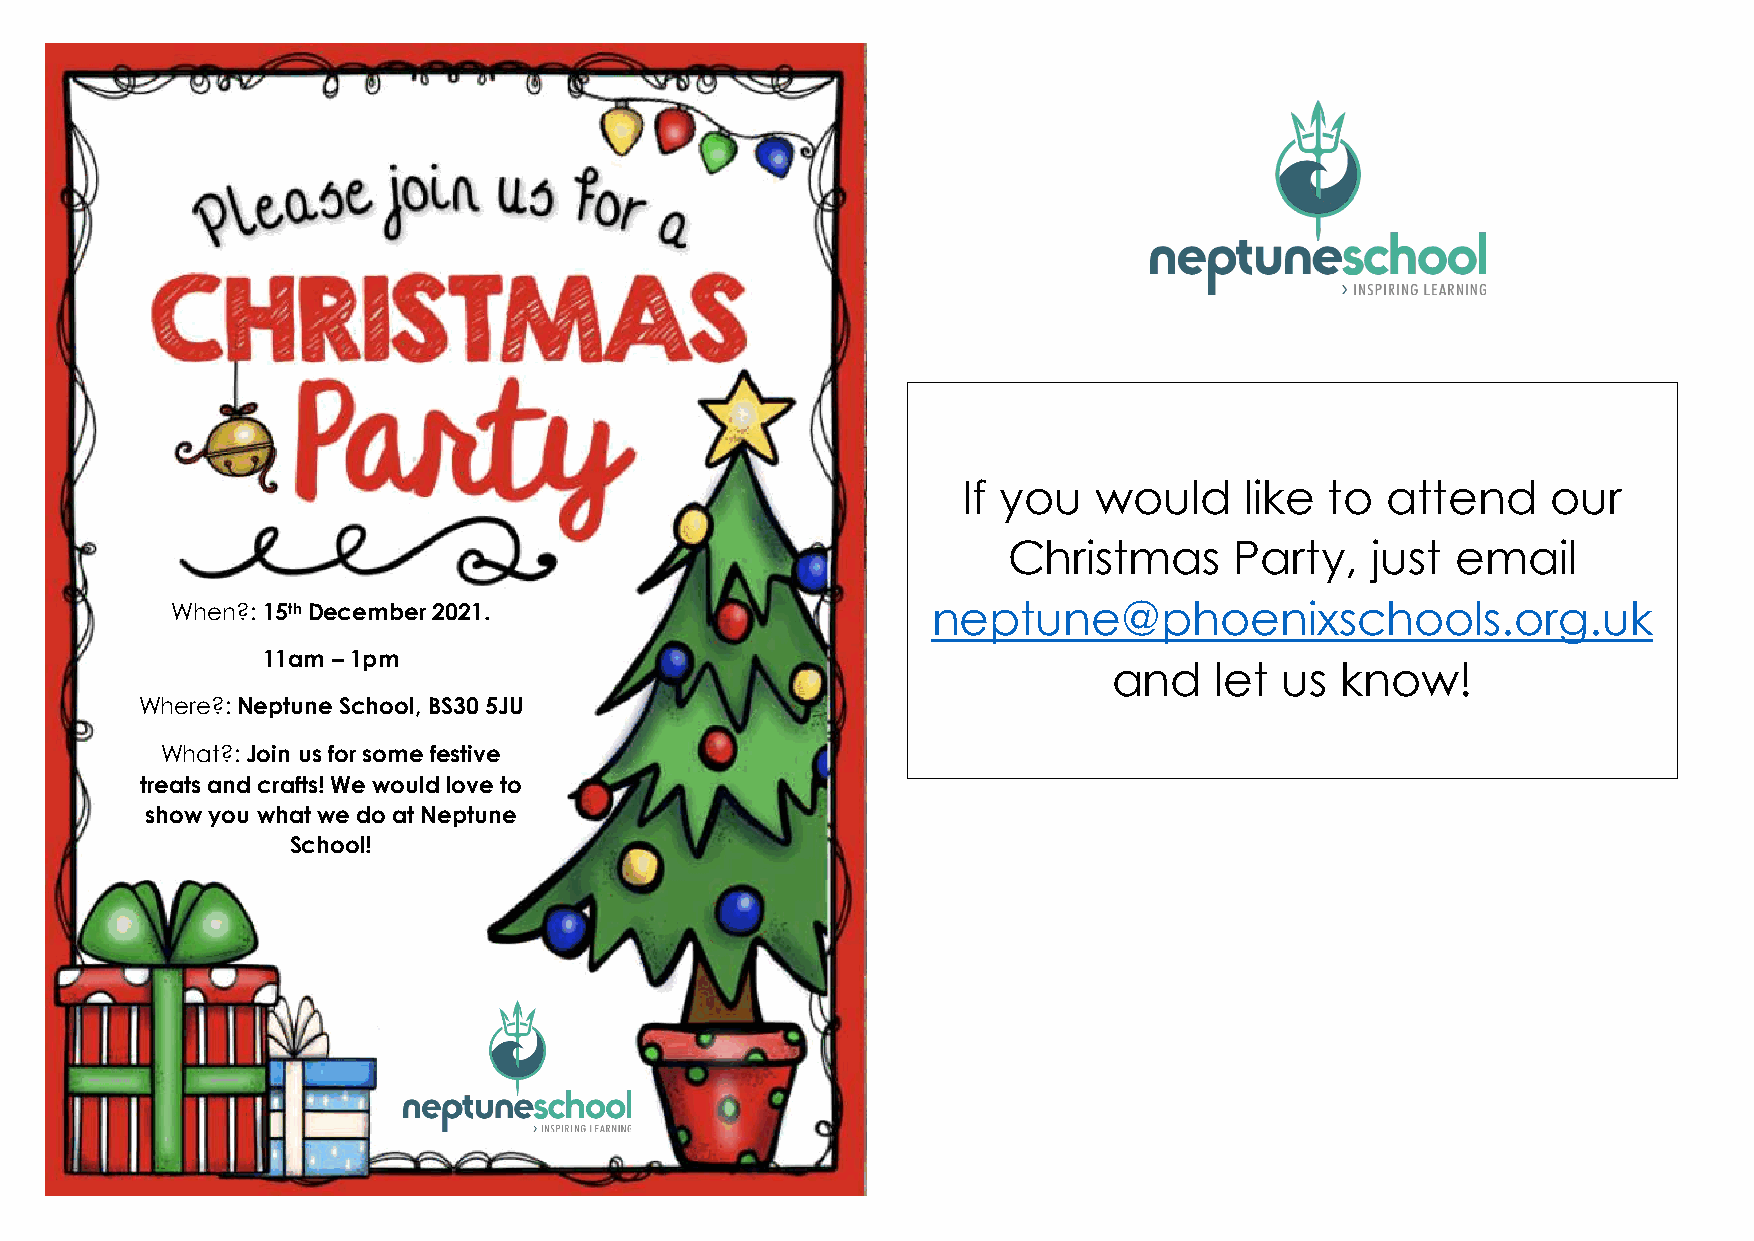
If you  would     like  to  attend     our
 Christmas      Party,   just email
 When?: 15th December 2021.                         neptune@phoenixschools.org.uk
 11am – 1pm
 and   let  us  know!
 Where?: Neptune School, BS30 5JU
 What?: Join us for some festive
 treats and crafts! We would love to
 show you what we do at Neptune
 School!